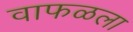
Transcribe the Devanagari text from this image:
वाफळला